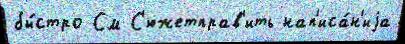
бы́стро См С'южетправ'ить нап'иса́н'иjа